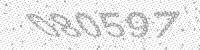
Solution: 080597